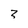
Character: 3